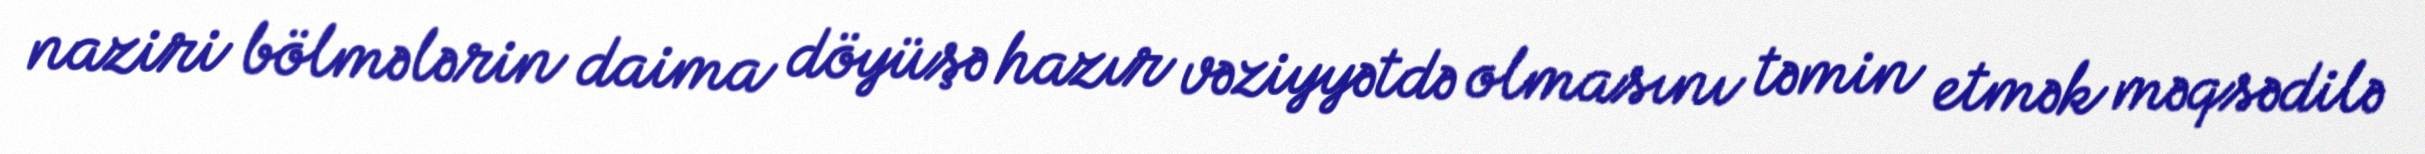
naziri bölmələrin daima döyüşə hazır vəziyyətdə olmasını təmin etmək məqsədilə